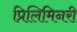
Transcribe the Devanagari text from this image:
प्रिलिमिनरी